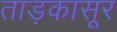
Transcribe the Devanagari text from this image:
ताड़कासूर